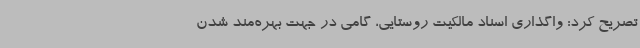
تصریح کرد: واگذاری اسناد مالکیت روستایی، گامی در جهت بهره‌مند شدن